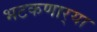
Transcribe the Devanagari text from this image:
भटकणार्‍या